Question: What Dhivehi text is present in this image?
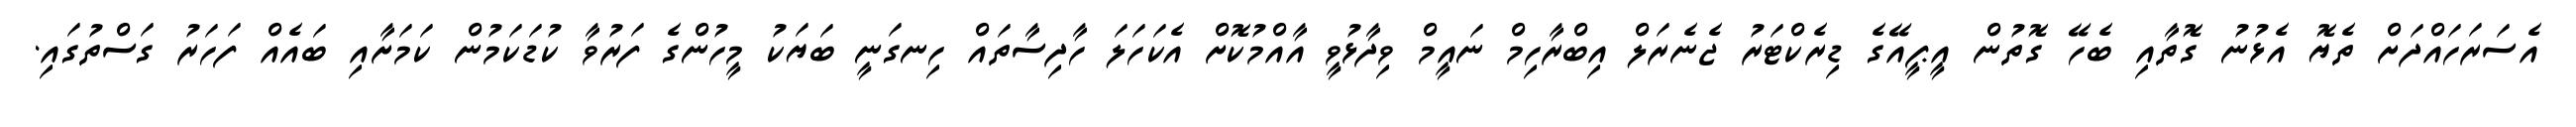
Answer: އެސަރަހައްދަށް ތެޔޮ އެޅުނު ގޮތާއި ބެހޭ ގޮތުން އީޕީއޭގެ ޑިރެކްޓަރު ޖެނެރަލް އިބްރާހިމް ނައީމް ވިދާޅުވީ އާއްމުކޮށް އެކަހަލަ ހާދިސާތައް ހިނގަނީ ބަޔަކު މީހުންގެ ފަރުވާ ކުޑަކަމުން ކަމަށާއި ބައެއް ފަހަރު ގަސްތުގައި.